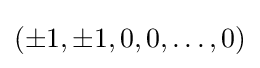
(\pm 1,\pm 1,0,0,\dots ,0)